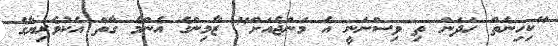
"ކިހިނެތް ހަދަން ތި ވިސްނަނީ އެ މަންޖެއަށް" ޒާމިންގެ އެންމެ ގާތް އެކުވެރިޔާގެ